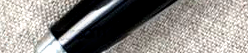
public restroom